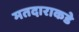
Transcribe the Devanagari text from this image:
मतदाराकडे